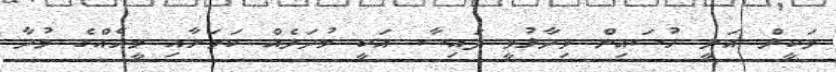
ވަކީލް އަލީ ހުސައިން ވިދާޅުވީ ފައިސާ އަކީ މުދަލެއް ކަމަށާއި މީހެއްގެ މުދާ